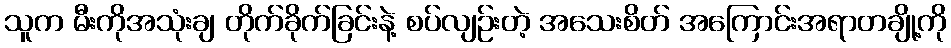
သူက မီးကိုအသုံးချ တိုက်ခိုက်ခြင်းနဲ့ စပ်လျဉ်းတဲ့ အသေးစိတ် အကြောင်းအရာတချို့ကို